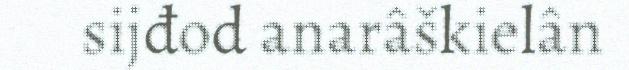
sijđod anarâškielân